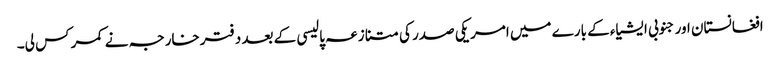
افغانستان اور جنوبی ایشیاء کے بارے میں امریکی صدر کی متنازعہ پالیسی کے بعد دفترخارجہ نے کمر کس لی۔